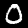
Label: 0